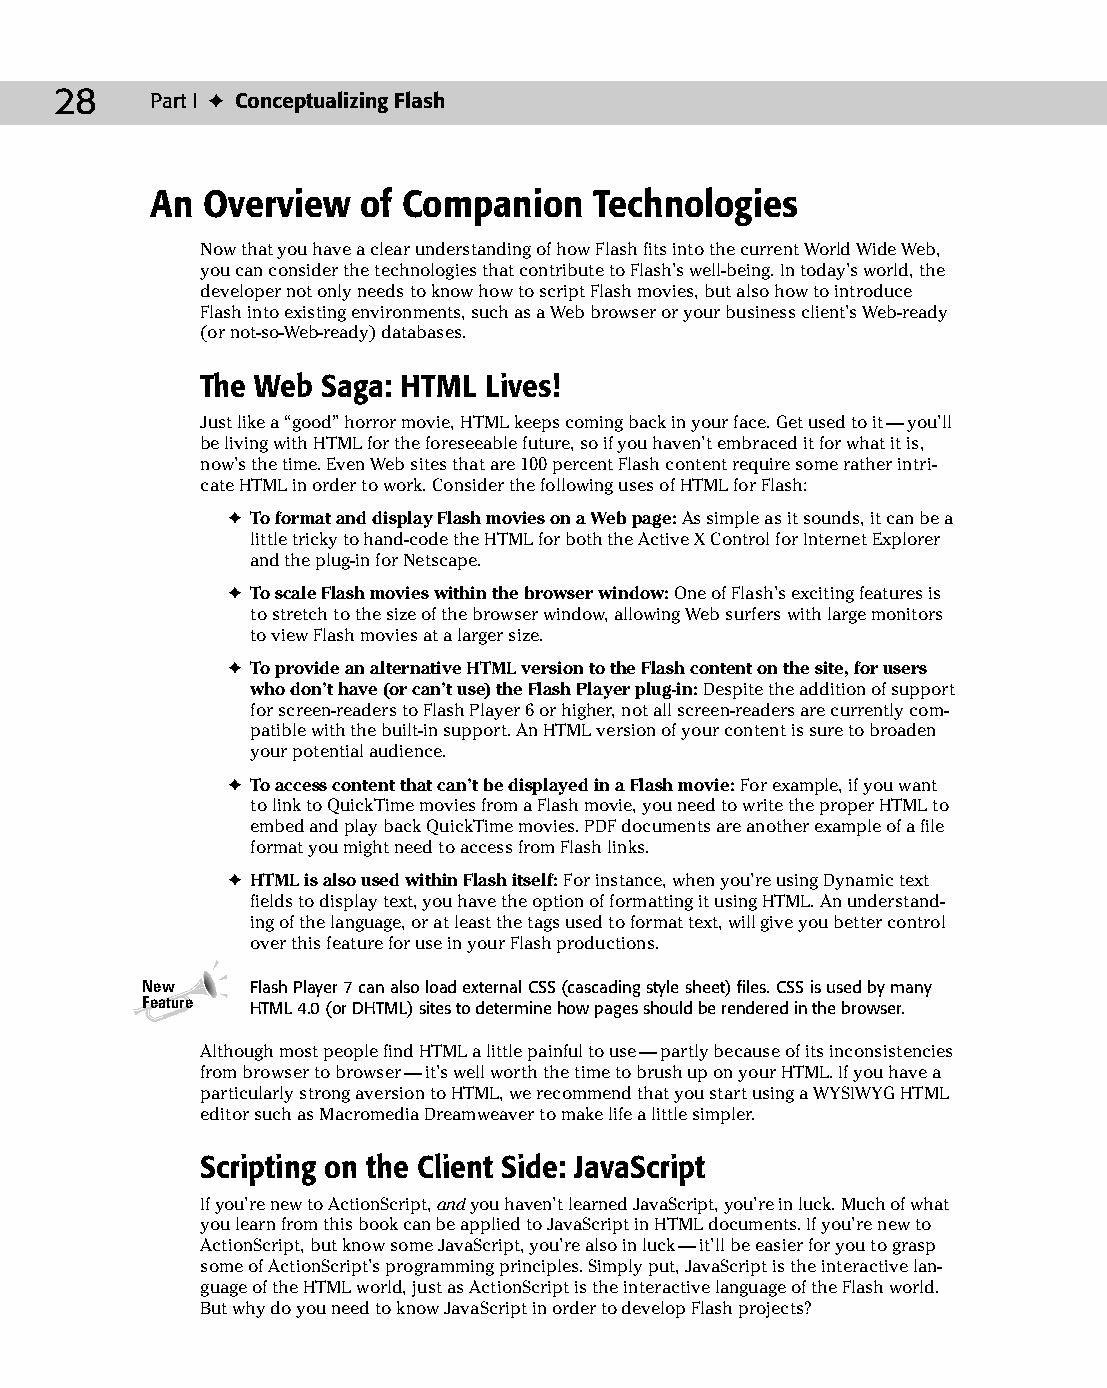
04 543547 ch02.qxd 3/24/04 3:51 PM Page 28
 28    Part I ✦ Conceptualizing Flash
 An Overview   of Companion   Technologies
 Now that you have a clear understanding of how Flash fits into the current World Wide Web,
 you can consider the technologies that contribute to Flash’s well-being. In today’s world, the
 developer not only needs to know how to script Flash movies, but also how to introduce
 Flash into existing environments, such as a Web browser or your business client’s Web-ready
 (or not-so-Web-ready) databases.
 The Web Saga: HTML Lives!
 Just like a “good” horror movie, HTML keeps coming back in your face. Get used to it — you’ll
 be living with HTML for the foreseeable future, so if you haven’t embraced it for what it is,
 now’s the time. Even Web sites that are 100 percent Flash content require some rather intri­
 cate HTML in order to work. Consider the following uses of HTML for Flash:
 ✦ To format and display Flash movies on a Web page: As simple as it sounds, it can be a
 little tricky to hand-code the HTML for both the Active X Control for Internet Explorer
 and the plug-in for Netscape.
 ✦ To scale Flash movies within the browser window: One of Flash’s exciting features is
 to stretch to the size of the browser window, allowing Web surfers with large monitors
 to view Flash movies at a larger size.
 ✦ To provide an alternative HTML version to the Flash content on the site, for users
 who don’t have (or can’t use) the Flash Player plug-in: Despite the addition of support
 for screen-readers to Flash Player 6 or higher, not all screen-readers are currently com­
 patible with the built-in support. An HTML version of your content is sure to broaden
 your potential audience.
 ✦ To access content that can’t be displayed in a Flash movie: For example, if you want
 to link to QuickTime movies from a Flash movie, you need to write the proper HTML to
 embed and play back QuickTime movies. PDF documents are another example of a file
 format you might need to access from Flash links.
 ✦ HTML is also used within Flash itself: For instance, when you’re using Dynamic text
 fields to display text, you have the option of formatting it using HTML. An understand­
 ing of the language, or at least the tags used to format text, will give you better control
 over this feature for use in your Flash productions.
 New     Flash Player 7 can also load external CSS (cascading style sheet) files. CSS is used by many
 Feature HTML 4.0 (or DHTML) sites to determine how pages should be rendered in the browser.
 Although most people find HTML a little painful to use — partly because of its inconsistencies
 from browser to browser — it’s well worth the time to brush up on your HTML. If you have a
 particularly strong aversion to HTML, we recommend that you start using a WYSIWYG HTML
 editor such as Macromedia Dreamweaver to make life a little simpler.
 Scripting on the Client Side: JavaScript
 If you’re new to ActionScript, and you haven’t learned JavaScript, you’re in luck. Much of what
 you learn from this book can be applied to JavaScript in HTML documents. If you’re new to
 ActionScript, but know some JavaScript, you’re also in luck — it’ll be easier for you to grasp
 some of ActionScript’s programming principles. Simply put, JavaScript is the interactive lan­
 guage of the HTML world, just as ActionScript is the interactive language of the Flash world.
 But why do you need to know JavaScript in order to develop Flash projects?